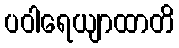
ပဝါရေယျာထာတိ